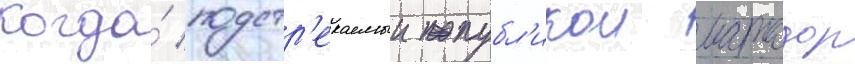
Когда́ подстр'екаемыи публ'икои матадор